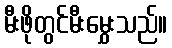
မီးဖိုတွင်မီးမွှေးသည်။